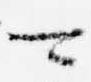
可